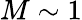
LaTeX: M\sim 1